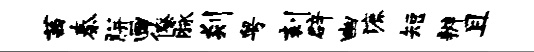
茜秦胼画僚脉剡粤刻辟幽漉短辨且